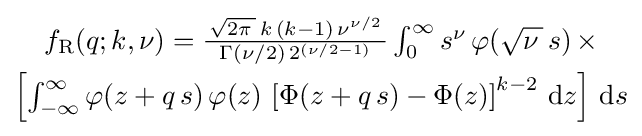
{\begin{matrix}f_{\text{R}}(q;k,\nu )={\frac {\,{\sqrt {2\pi \,}}\,k\,(k-1)\,\nu ^{\nu /2}\,}{\Gamma (\nu /2)\,2^{\left(\nu /2-1\right)}}}\int _{0}^{\infty }s^{\nu }\,\varphi ({\sqrt {\nu \,}}\,s)\,\times \\[0.5em]\left[\int _{-\infty }^{\infty }\varphi (z+q\,s)\,\varphi (z)\,\left[\Phi (z+q\,s)-\Phi (z)\right]^{k-2}\,\mathrm {d} z\right]\,\mathrm {d} s\end{matrix}}